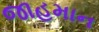
જાહમાન